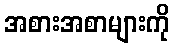
အစားအစာများကို